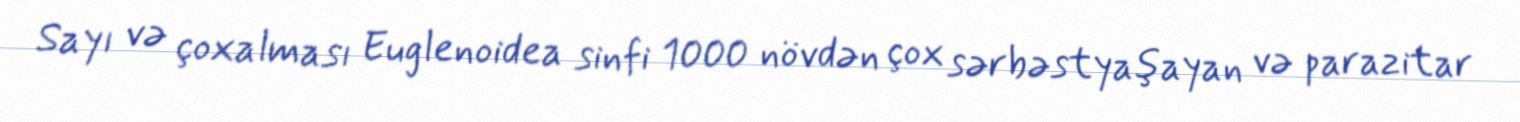
Sayı və çoxalması Euglenoidea sinfi 1000 növdən çox sərbəstyaşayan və parazitar